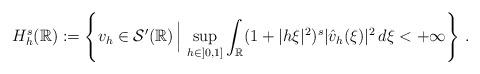
LaTeX: \begin{align*}H^s_h(\mathbb{R}) := \left\{v_h \in \mathcal{S}'(\mathbb{R})\, \Big| \, \sup_{h\in ]0,1]}\int_{\mathbb{R}} (1+|h\xi|^2)^s |\hat{v}_h(\xi)|^2 \, d\xi < + \infty \right\} \, .\end{align*}